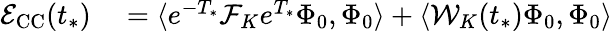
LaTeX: \begin{array}{rl}{\mathcal{E}_{\mathrm{CC}}(t_{*})}&{{}=\langle e^{-T_{*}}\mathcal{F}_{K}e^{T_{*}}\Phi_{0},\Phi_{0}\rangle+\langle\mathcal{W}_{K}(t_{*})\Phi_{0},\Phi_{0}\rangle}\end{array}